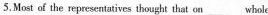
5.Most of the representatives thought that on___whole